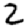
Digit: 2